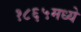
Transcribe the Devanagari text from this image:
१८६५मध्ये